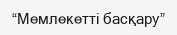
“Мемлекетті басқару”